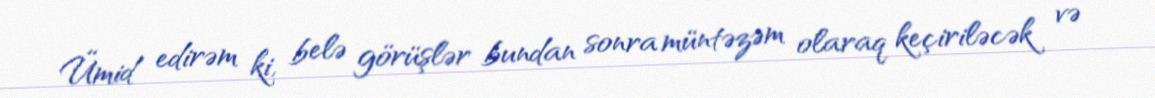
Ümid edirəm ki, belə görüşlər bundan sonra müntəzəm olaraq keçiriləcək və